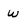
Character: w